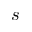
s